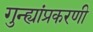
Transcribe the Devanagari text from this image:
गुन्ह्यांप्रकरणी